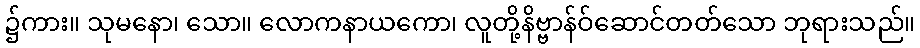
၌ကား။ သုမနော၊ သော။ လောကနာယကော၊ လူတို့နိဗ္ဗာန်ဝ်ဆောင်တတ်သော ဘုရားသည်။